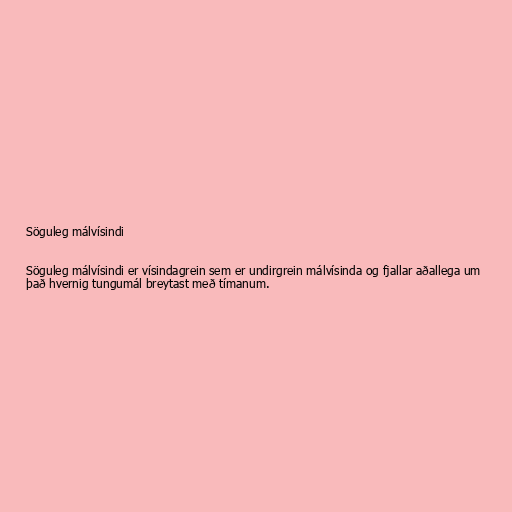
Söguleg málvísindi

Söguleg málvísindi er vísindagrein sem er undirgrein málvísinda og fjallar aðallega um
það hvernig tungumál breytast með tímanum.